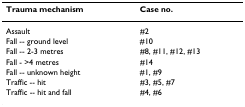
<table><thead><tr><td><b>Trauma mechanism</b></td><td><b>Case no.</b></td></tr></thead><tbody><tr><td>Assault</td><td>#2</td></tr><tr><td>Fall -- ground level</td><td>#10</td></tr><tr><td>Fall -- 2-3 metres</td><td>#8, #11, #12, #13</td></tr><tr><td>Fall - &gt;4 metres</td><td>#14</td></tr><tr><td>Fall -- unknown height</td><td>#1, #9</td></tr><tr><td>Traffic -- hit</td><td>#3, #5, #7</td></tr><tr><td>Traffic -- hit and fall</td><td>#4, #6</td></tr></tbody></table>